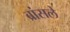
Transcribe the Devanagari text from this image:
ब्रांसले